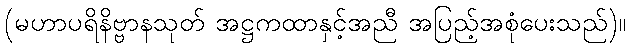
(မဟာပရိနိဗ္ဗာနသုတ် အဋ္ဌကထာနှင့်အညီ အပြည့်အစုံပေးသည်)။